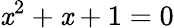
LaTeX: \mathit{x}^{2}+\mathit{x}+1=0